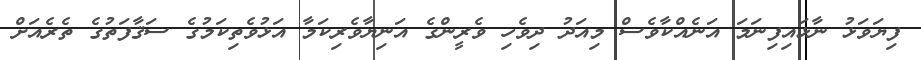
ފިޔަވަޅު ނާޅައިފިނަމަ އަނެއްކާވެސް މިއަދު ދިވެހި ވެރީންގެ އަނިޔާވެރިކަމާ އަޅުވެތިކަމުގެ ސަޤާފަތުގެ ތެރެއަށް